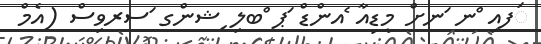
ަފއި ްނ ަނށް މީޑިއާ ެއންޑް ަޕ ްބލި ިޝންގ ަސރވިސް (އެމް